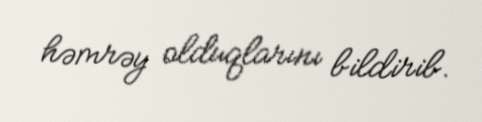
həmrəy olduqlarını bildirib.